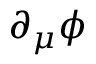
\partial _ { \mu } \phi